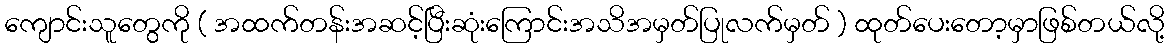
ကျောင်းသူတွေကို ( အထက်တန်းအဆင့်ပြီးဆုံးကြောင်းအသိအမှတ်ပြုလက်မှတ် ) ထုတ်ပေးတော့မှာဖြစ်တယ်လို့